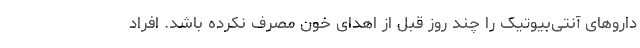
داروهای آنتی‌بیوتیک را چند روز قبل از اهدای خون مصرف نکرده باشد. افراد